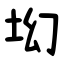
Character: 㘭